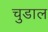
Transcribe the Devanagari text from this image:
चुडाल